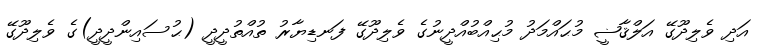
އަދި ވެލިދޫގޭ އަލްޤާޟީ މުޙައްމަދު މުޙިއްބުއްދީނުގެ ވެލިދޫގޭ ފަނޑިޔާރު ތުއްތުދީދީ (ޙުސައިންދީދީ)ގެ ވެލިދޫގޭ